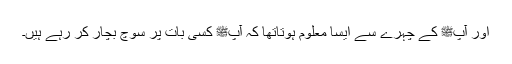
اور آپﷺ کے چہرے سے ایسا معلوم ہوتاتھا کہ آپﷺ کسی بات پر سوچ بچار کر رہے ہیں۔